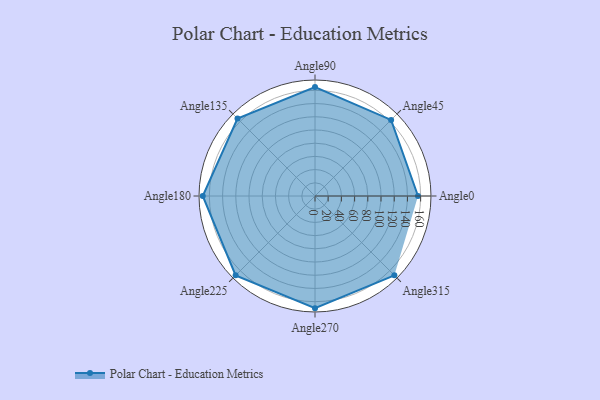
{"axis": {"x": "Angle", "y": "Radius"}, "legend": [""], "data": [{"x": "Angle0", "y": 156.0, "type": ""}, {"x": "Angle45", "y": 163.0, "type": ""}, {"x": "Angle90", "y": 165.0, "type": ""}, {"x": "Angle135", "y": 166.0, "type": ""}, {"x": "Angle180", "y": 170, "type": ""}, {"x": "Angle225", "y": 170, "type": ""}, {"x": "Angle270", "y": 170, "type": ""}, {"x": "Angle315", "y": 170, "type": ""}]}